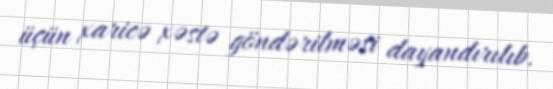
üçün xaricə xəstə göndərilməsi dayandırılıb.